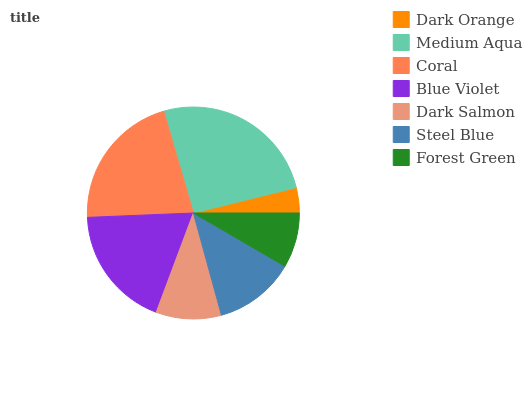
| Dark Orange | Medium Aqua | Coral | Blue Violet | Dark Salmon | Steel Blue | Forest Green |
 | --- | --- | --- | --- | --- | --- | --- |
 | 3.85% | 25.6% | 21.2% | 18.6% | 9.95% | 12.4% | 8.39% |